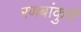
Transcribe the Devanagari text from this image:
रणबांकुरों